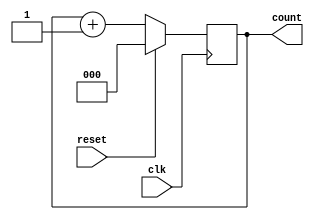
module up_counter (
    input wire clk,          // Clock input
    input wire reset,        // Synchronous reset input
    output reg [2:0] count   // 3-bit output for the counter
);

// State register (current state)
reg [2:0] current_state;

// Sequential logic for state transition
always @(posedge clk) begin
    if (reset) begin
        current_state <= 3'b000; // Reset to initial state (0)
    end else begin
        current_state <= current_state + 1; // Increment the state
    end
end

// Output logic (Moore machine)
always @(current_state) begin
    count = current_state; // Output is the current state
end

endmodule